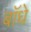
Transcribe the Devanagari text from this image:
बॉधे